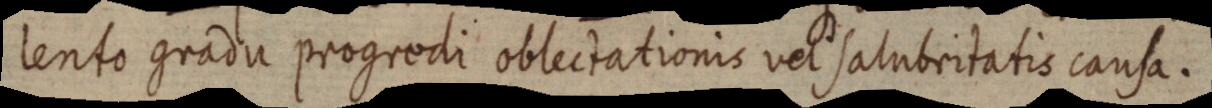
lento gradu progredi oblectationis vel salubritatis causa.